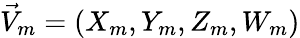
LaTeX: \vec{V}_{m}=(X_{m},Y_{m},Z_{m},W_{m})